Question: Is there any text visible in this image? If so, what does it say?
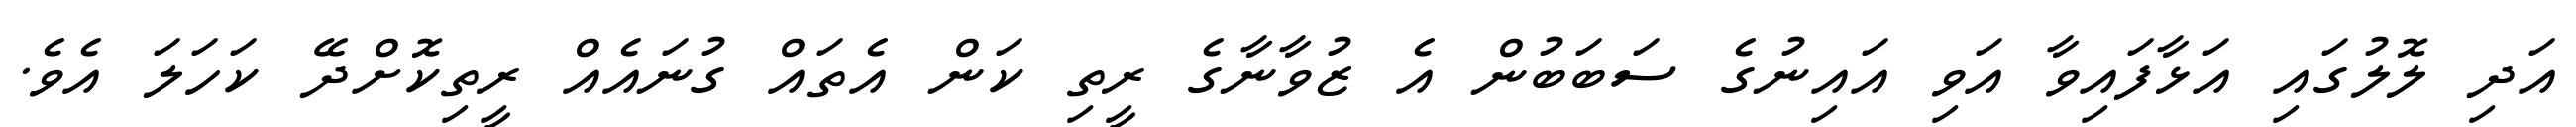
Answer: އަދި ލޮލުގައި އަޅާފައިވާ އަވި އައިނުގެ ސަބަބުން އެ ޒުވާނާގެ ރީތި ކަން އެތައް ގުނައެއް ރީތިކޮށްދޭ ކަހަލަ އެވެ.